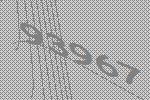
93967